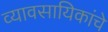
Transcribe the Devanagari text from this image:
व्यावसायिकांचे